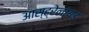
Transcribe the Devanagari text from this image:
आस्ट्रेलायड